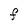
Character: F